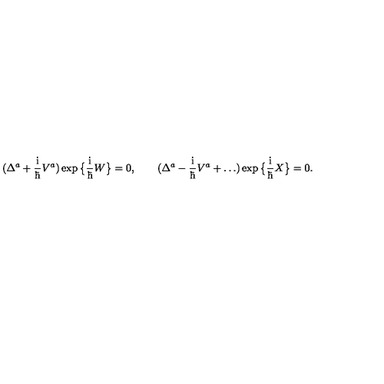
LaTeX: ( \Delta ^ { a } + \mathrm { \Large \frac { i } { \hbar } } V ^ { a } ) \exp \big \{ \mathrm { \Large \frac { i } { \hbar } } W \big \} = 0 , \qquad ( \Delta ^ { a } - \mathrm { \Large \frac { i } { \hbar } } V ^ { a } + \ldots ) \exp \big \{ \mathrm { \Large \frac { i } { \hbar } } X \big \} = 0 .